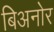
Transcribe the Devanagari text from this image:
बिअनोर